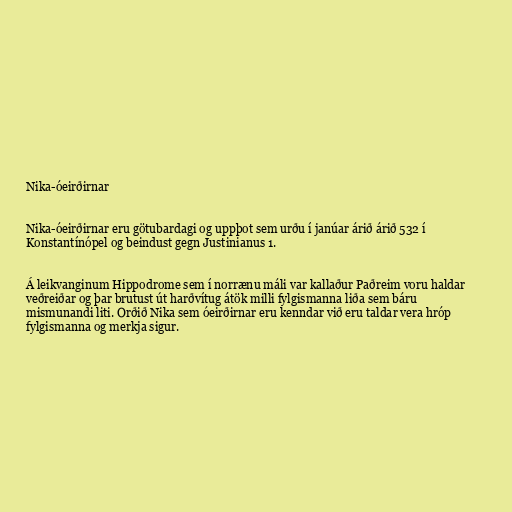
Nika-óeirðirnar

Nika-óeirðirnar eru götubardagi og uppþot sem urðu í janúar árið árið 532 í
Konstantínópel og beindust gegn Justinianus 1.

Á leikvanginum Hippodrome sem í norrænu máli var kallaður Paðreim voru haldar
veðreiðar og þar brutust út harðvítug átök milli fylgismanna liða sem báru
mismunandi liti. Orðið Nika sem óeirðirnar eru kenndar við eru taldar vera hróp
fylgismanna og merkja sigur.